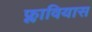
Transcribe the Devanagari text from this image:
फ्लावियास